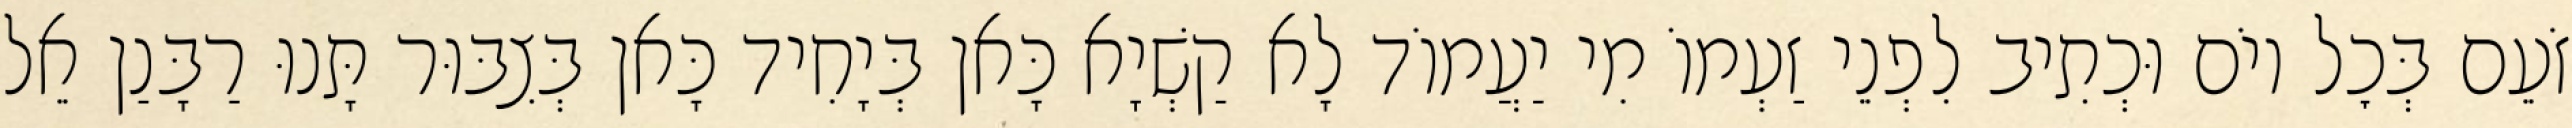
זֹעֵם בְּכׇל יוֹם וּכְתִיב לִפְנֵי זַעְמוֹ מִי יַעֲמוֹד לָא קַשְׁיָא כָּאן בְּיָחִיד כָּאן בְּצִבּוּר תָּנוּ רַבָּנַן אֵל